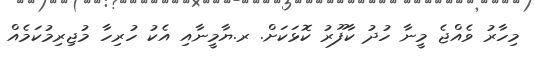
މިހާރު ވެއްޖެ މީނާ ހުދު ކާފޫރު ކޮޅަކަށް. ރ.ޔާމީނާއި އެކު ހުރިހާ މުޖިރިމުކަމެއް